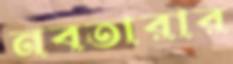
নবতারার